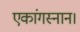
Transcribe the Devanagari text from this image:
एकांगस्नान।